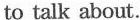
to talk about.